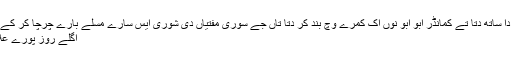
ساتھیاں کمانڈر ضرار دا ساتھ دتا تے کمانڈر ابو ابو نوں اک کمرے وچ بند کر دتا تاں جے سوری مفتیاں دی شوری ایس سارے مسلے بارے چرچا کر کے کوئی فیصلہ کر سکے
اگلے روز پورے علاقے وچ دھم پے گئی ۔